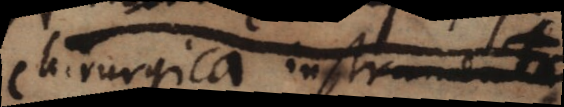
Chirurgica instrumenta